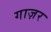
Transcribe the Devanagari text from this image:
गाज़र